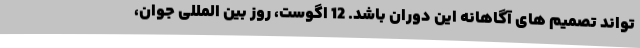
تواند تصمیم های آگاهانه این دوران باشد. 12 اگوست، روز بین المللی جوان،